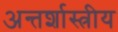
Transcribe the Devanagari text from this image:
अन्तर्शास्त्रीय